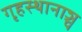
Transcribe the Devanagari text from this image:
गृहस्थानाञ्च